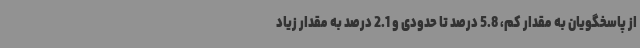
از پاسخگویان به مقدار کم، 5.8 درصد تا حدودی و 2.1 درصد به مقدار زیاد